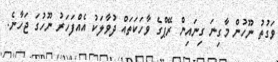
ވަގުތު ނޫހުން މާގިނަ ގިނައިން ރޭޕްގެ ވާހަކަތައް ދުވާލަކު އެއްފަހަރު ނޫހުގަ ޖަހާނެ.